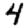
Digit: 4